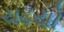
ચઢયો